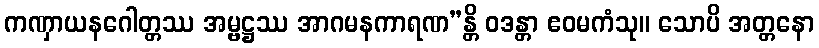
ကဏှာယနဂေါတ္တဿ အမ္ဗဋ္ဌဿ အာဂမနကာရဏ”န္တိ ဝဒန္တာ ဧဝမကံသု။ သောပိ အတ္တနော